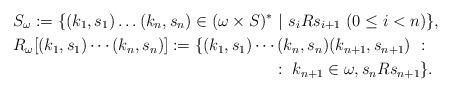
LaTeX: \begin{align*}& S_\omega := \{(k_1,s_1) \dots (k_n,s_n) \in (\omega \times S)^* \ | \ s_i {R} s_{i+1}~(0 \leq i < n)\},\\& R_\omega[(k_1,s_1) \cdots (k_n,s_n)] := \{(k_1,s_1)\cdots(k_n,s_n)(k_{n+1},s_{n+1}) \ : \\ &~~~~~~~~~~~~~~~~~~~~~~~~~~~~~~~~~~~~~~~~~~~~~~~~ : \ k_{n+1} \in \omega, s_n {R} s_{n+1}\}.\end{align*}